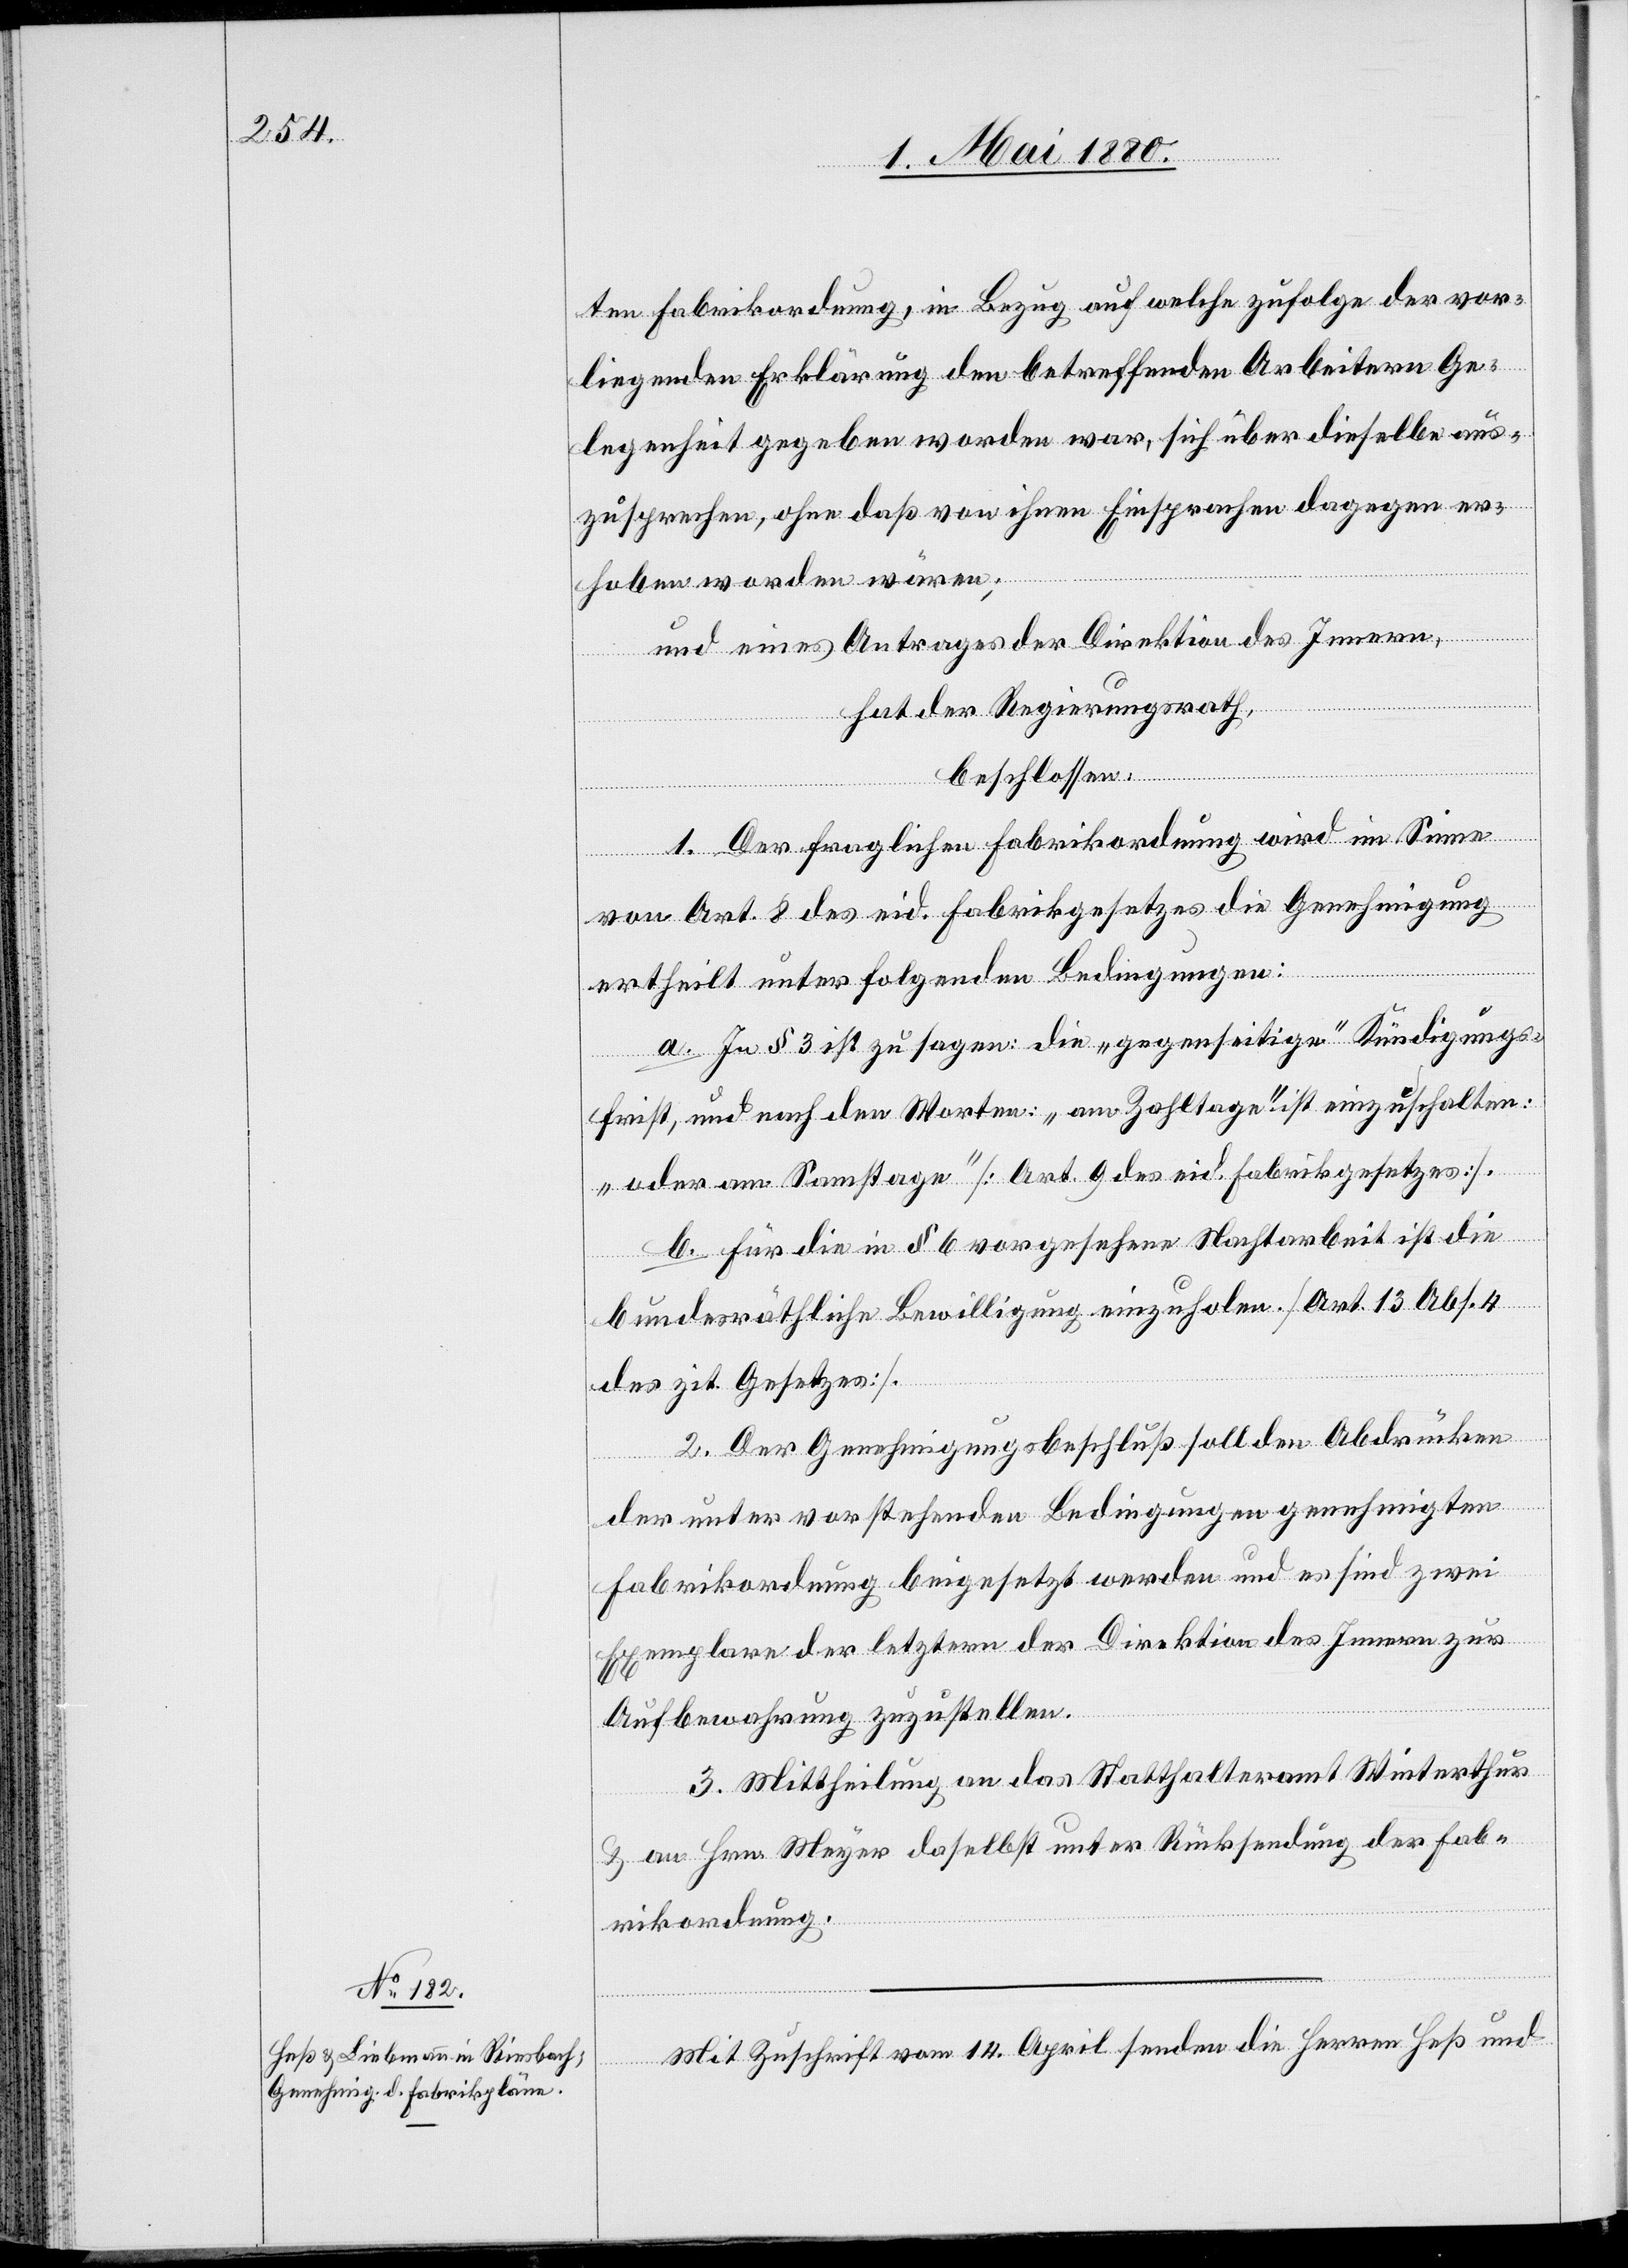
ten Fabrikordnung, in Bezug auf welche zufolge der vor¬
liegenden Erklärung den betreffenden Arbeitern Ge¬
legenheit gegeben worden war, sich über dieselbe aus¬
zusprechen, ohne daß von ihnen Einsprachen dagegen er¬
hoben worden wären,
und eines Antrages der Direktion des Innern,
hat der Regierungsrath,
beschlossen:
1. Der fraglichen Fabrikordnung wird im Sinne
von Art. 8 des eid. Fabrikgesetzes die Genehmigung
ertheilt unter folgenden Bedingungen:
a. In § 3 ist zu sagen: die „gegenseitige“ Kündigungs¬
frist, und nach den Worten: „am Zahltage“ ist einzuschalten:
„oder am Samstage“ [Art. 9 des eid. Fabrikgesetzes].
b. Für die in § 6 vorgesehene Nachtarbeit ist die
bundesräthliche Bewilligung einzuholen. [Art. 13 Abs. 4
des zit. Gesetzes].
2. Der Genehmigungsbeschluß soll den Abdrücken
der unter vorstehenden Bedingungen genehmigten
Fabrikordnung beigesetzt werden und es sind zwei
Exemplare der letztern der Direktion des Innern zur
Aufbewahrung zuzustellen.
3. Mittheilung an das Statthalteramt Winterthur
& an Hrn. Meyer daselbst unter Rücksendung der Fab¬
rikordnung.
Mit Zuschrift vom 14. April senden die Herren Heß und